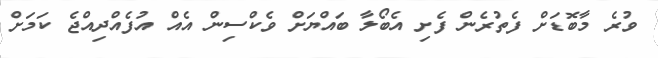
ވުރެ މާބޮޑަށް ފެތުރެން ފެށި އެބޯލާ ބައްޔަށް ވެކްސިން އެއް އުފެއްދިއްޖެ ކަމަށް